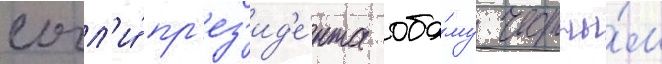
сочл'и́ пр'ез'ид'е́нта оба́му честны́м